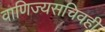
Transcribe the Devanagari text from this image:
वाणिज्यसचिवही